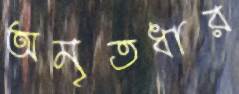
অমৃতধার